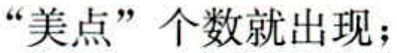
“美点”个数就出现；